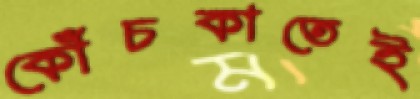
কোঁচকাতেই